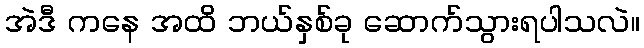
အဲဒီ ကနေ အထိ ဘယ်နှစ်ခု ဆောက်သွားရပါသလဲ။